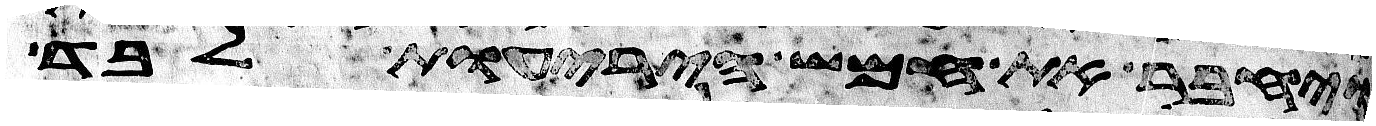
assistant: ויחבר את חמש היריעות לבד